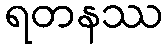
ရတနဿ